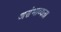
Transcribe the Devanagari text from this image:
असंभाव्यता